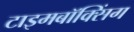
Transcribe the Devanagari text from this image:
टाइमबॉक्सिंग